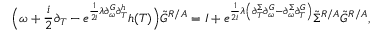
\Big ( \omega + \frac { i } { 2 } \partial _ { T } - e ^ { \frac { 1 } { 2 i } \lambda \partial _ { \omega } ^ { G } \partial _ { T } ^ { h } } h ( T ) \Big ) \tilde { G } ^ { R / A } = I + e ^ { \frac { 1 } { 2 i } \lambda \left( \partial _ { T } ^ { \Sigma } \partial _ { \omega } ^ { G } - \partial _ { \omega } ^ { \Sigma } \partial _ { T } ^ { G } \right) } \tilde { \Sigma } ^ { R / A } \tilde { G } ^ { R / A } ,